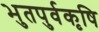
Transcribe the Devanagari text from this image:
भुतपुर्वकृषि